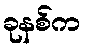
ခုနစ်က